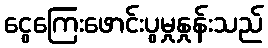
ငွေကြေးဖောင်းပွမှုနှုန်းသည်